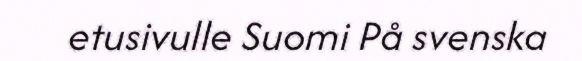
etusivulle Suomi På svenska